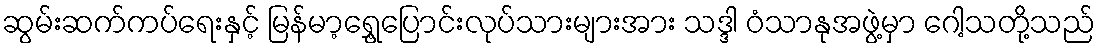
ဆွမ်းဆက်ကပ်ရေးနှင့် မြန်မာ့ရွှေ့ပြောင်းလုပ်သားများအား သဒ္ဒါ ဝံသာနုအဖွဲ့မှာ ဂေါ့သတို့သည်